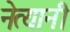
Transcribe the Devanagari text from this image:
नेत्यानी